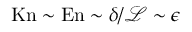
\mathrm { K n } \sim \mathrm { E n } \sim \delta / \mathcal { L } \sim \epsilon